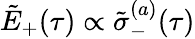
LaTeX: \tilde{E}_{+}(\tau)\propto\tilde{\sigma}_{-}^{(a)}(\tau)